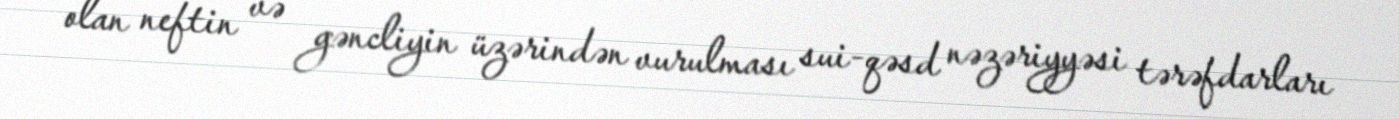
olan neftin və gəncliyin üzərindən vurulması sui-qəsd nəzəriyyəsi tərəfdarları